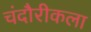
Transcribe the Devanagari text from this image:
चंदौरीकला